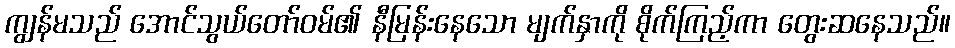
ကျွန်မသည် အောင်သွယ်တော်ဝမ်၏ နီမြန်းနေသော မျက်နှာကို စိုက်ကြည့်ကာ တွေးဆနေသည်။